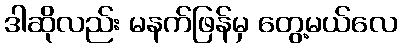
ဒါဆိုလည်း မနက်ဖြန်မှ တွေ့မယ်လေ